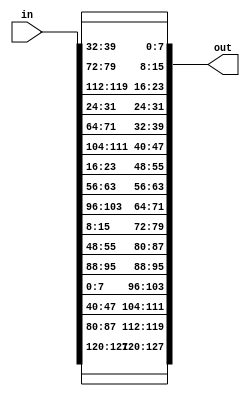
// Copyright 2007 Altera Corporation. All rights reserved.  
// Altera products are protected under numerous U.S. and foreign patents, 
// maskwork rights, copyrights and other intellectual property laws.  
//
// This reference design file, and your use thereof, is subject to and governed
// by the terms and conditions of the applicable Altera Reference Design 
// License Agreement (either as signed by you or found at www.altera.com).  By
// using this reference design file, you indicate your acceptance of such terms
// and conditions between you and Altera Corporation.  In the event that you do
// not agree with such terms and conditions, you may not use the reference 
// design file and please promptly destroy any copies you have made.
//
// This reference design file is being provided on an "as-is" basis and as an 
// accommodation and therefore all warranties, representations or guarantees of 
// any kind (whether express, implied or statutory) including, without 
// limitation, warranties of merchantability, non-infringement, or fitness for
// a particular purpose, are specifically disclaimed.  By making this reference
// design file available, Altera expressly does not recommend, suggest or 
// require that this reference design file be used in combination with any 
// other product not provided by Altera.
/////////////////////////////////////////////////////////////////////////////

// baeckler - 03-07-2006

// the state 
//   (msb)  A B C D E F G H I J K L M N O P (lsb)
//
// shown as a grid :
//
//  AEIM
//  BFJN
//  CGKO
//  DHLP
//
//  Needs to be shifted to produce :
//
//  AEIM
//  FJNB
//  KOCG
//  PDHL
//

module shift_rows (in,out);
input [16*8-1 : 0] in;
output [16*8-1 : 0] out;
wire [16*8-1 : 0] out;

assign out = {
	in[127:120],in[87:80],in[47:40],in[7:0],
	in[95:88],in[55:48],in[15:8],in[103:96],
	in[63:56],in[23:16],in[111:104],in[71:64],
	in[31:24],in[119:112],in[79:72],in[39:32] };

endmodule

module inv_shift_rows (in,out);
input [16*8-1 : 0] in;
output [16*8-1 : 0] out;
wire [16*8-1 : 0] out;

assign out = {
	in[127:120],in[23:16],in[47:40],in[71:64],
	in[95:88],in[119:112],in[15:8],in[39:32],
	in[63:56],in[87:80],in[111:104],in[7:0],
	in[31:24],in[55:48],in[79:72],in[103:96] };

endmodule